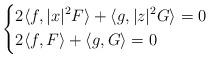
LaTeX: \begin{align*} \left\{\begin{aligned} &2\langle f, |x|^2 F\rangle + \langle g, |z|^2 G\rangle=0\\ &2\langle f, F\rangle + \langle g, G\rangle=0 \end{aligned}\right. \end{align*}